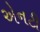
એનટી